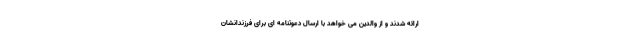
ارائه شدند و از والدین می خواهد با ارسال دعوتنامه ای برای فرزندانشان